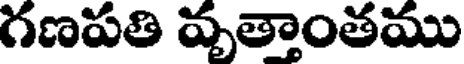
గణపతి వృత్తాంతము